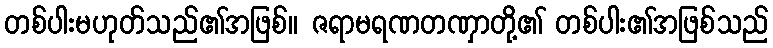
တစ်ပါးမဟုတ်သည်၏အဖြစ်။ ဇရာမရဏတဏှာတို့၏ တစ်ပါး၏အဖြစ်သည်